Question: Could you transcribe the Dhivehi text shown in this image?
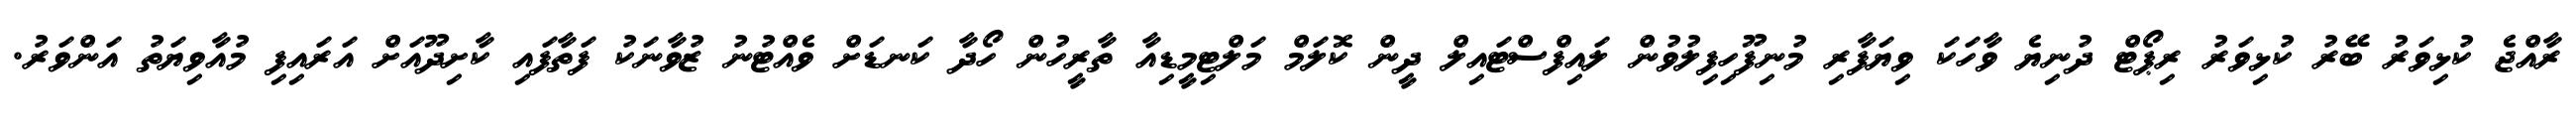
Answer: ރާއްޖެ ކުޅިވަރު ބޭރު ކުޅިވަރު ރިޕޯޓް ދުނިޔެ ވާހަކަ ވިޔަފާރި މުނިފޫހިފިލުވުން ލައިފްސްޓައިލް ދީން ކޮލަމް މަލްޓިމީޑިއާ ތާރީހުން ހޯދާ ކަނޑަށް ވެއްޓުނު ޒުވާނަކު ފަތާފައި ކާށިދޫއަށް އަރައިފި މުއާވިޔަތު އަންވަރު.